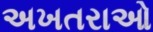
અખતરાઓ